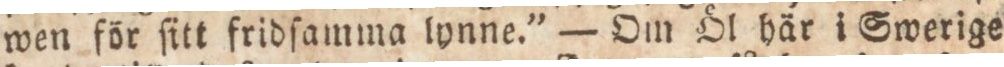
wen för ſitt fridſamma lynne.” — Om Öl här i Swerige